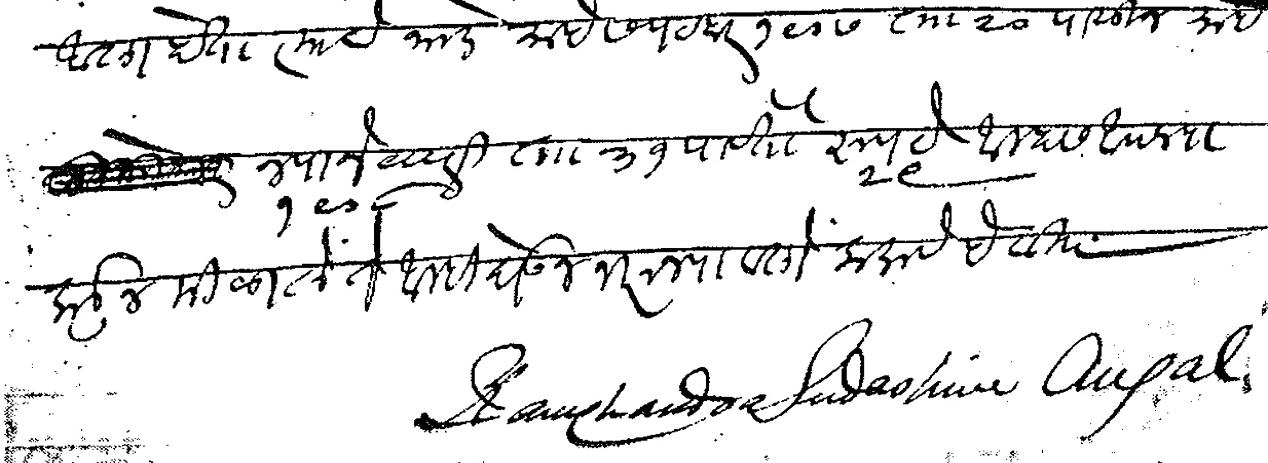
Transliteration (Devanagari): आला होता त्याचे भाडे माहे सपटेंबर १९०७ ता  २० पासून माहे ज्यानेवारी १९०८ ता ३१ पावेतो रुपये २९ आम्हास आपल्या कडून मिळाले ते आम्ही घेऊन भरून पावलो कळावे हे वि